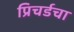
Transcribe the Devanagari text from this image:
प्रिचर्डचा